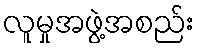
လူမှုအဖွဲ့အစည်း